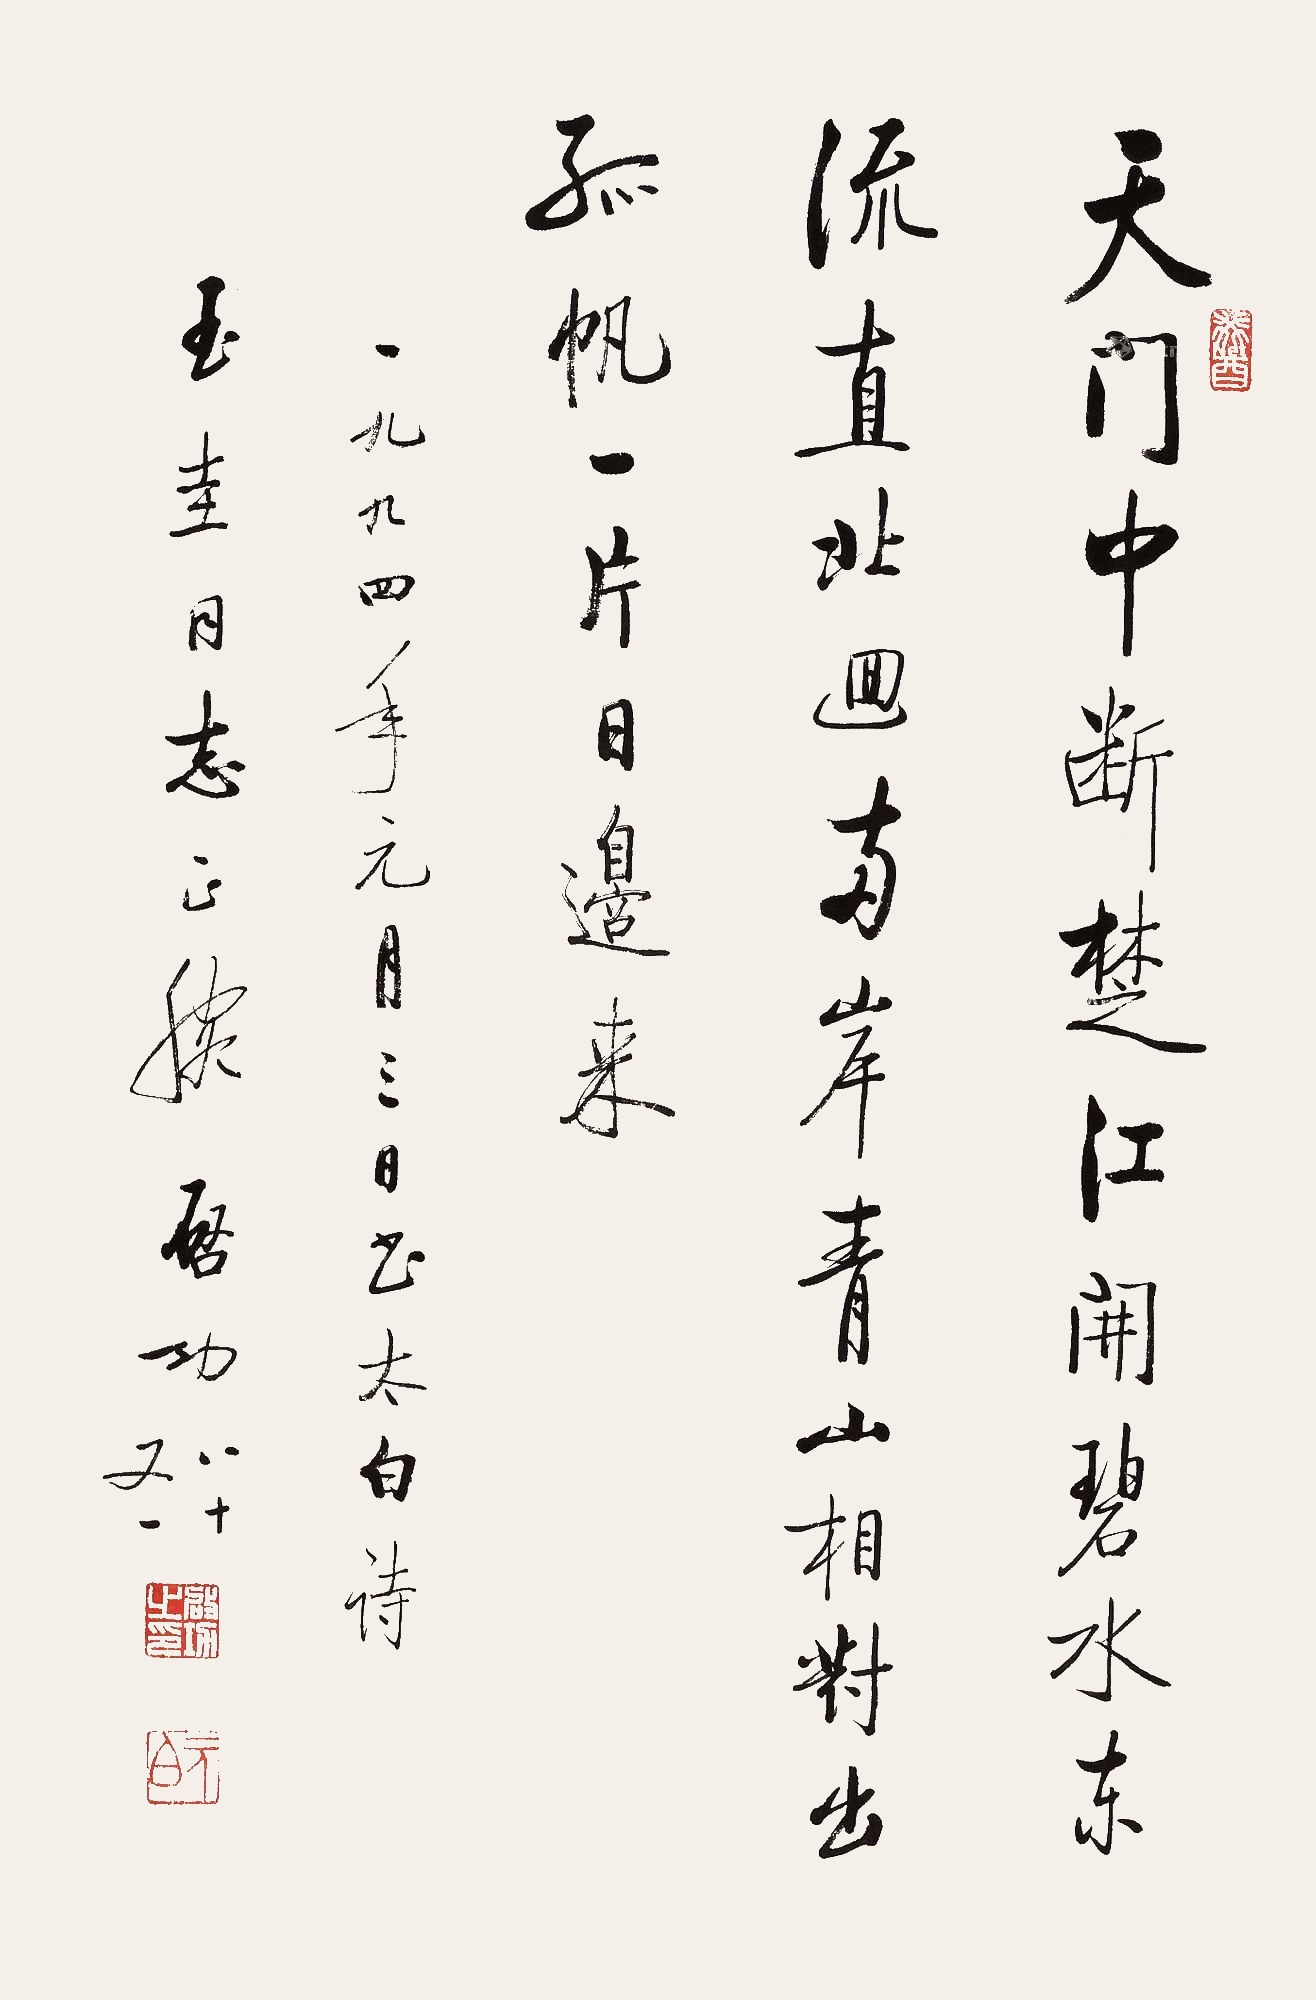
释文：天门中断楚江开，碧水东流直此回。两岸青山相对出，孤帆一片日边来。一九九四年元月三日书太白诗。玉圭同志正腕。启功，八十又一。